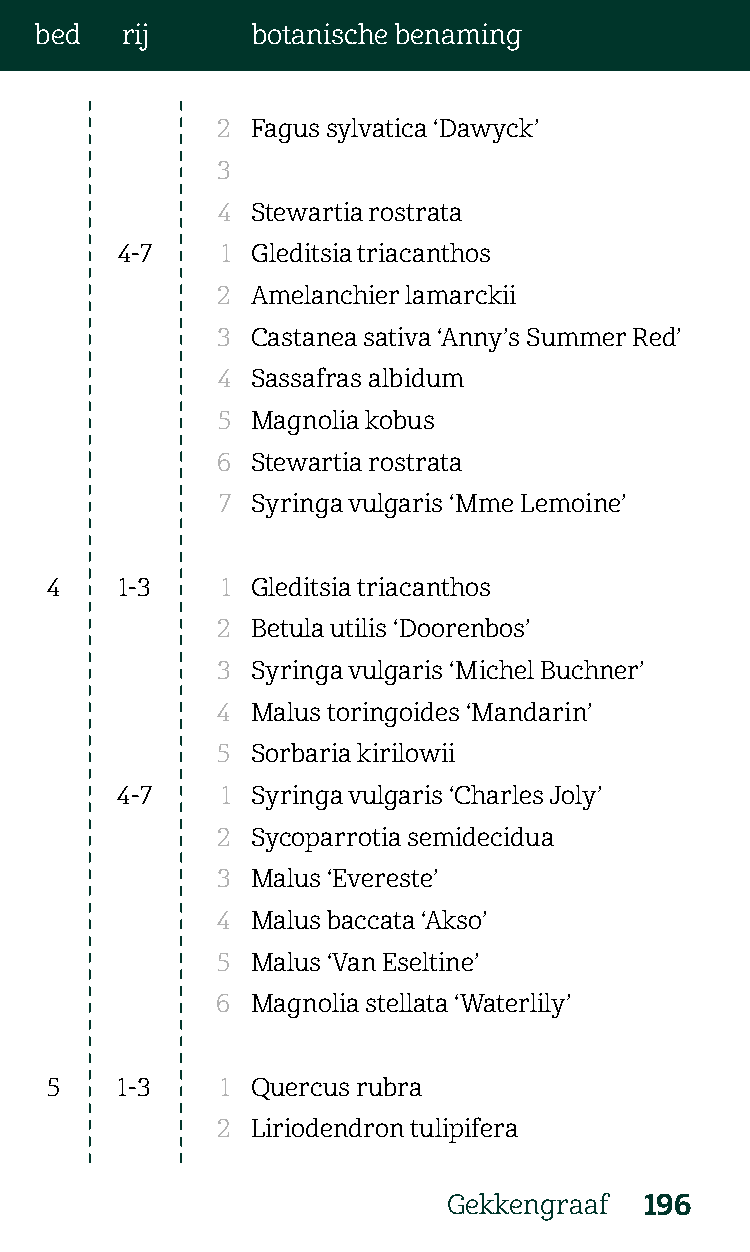
bed   rij      botanische benaming
 2  Fagus sylvatica ‘Dawyck’
 3
 4  Stewartia rostrata
 4-7    1 Gleditsia triacanthos
 2  Amelanchier lamarckii
 3  Castanea sativa ‘Anny’s Summer Red’
 4  Sassafras albidum
 5  Magnolia kobus
 6  Stewartia rostrata
 7  Syringa vulgaris ‘Mme Lemoine’
 4    1-3    1 Gleditsia triacanthos
 2  Betula utilis ‘Doorenbos’
 3  Syringa vulgaris ‘Michel Buchner’
 4  Malus toringoides ‘Mandarin’
 5  Sorbaria kirilowii
 4-7    1 Syringa vulgaris ‘Charles Joly’
 2  Sycoparrotia semidecidua
 3  Malus ‘Evereste’
 4  Malus baccata ‘Akso’
 5  Malus ‘Van Eseltine’
 6  Magnolia stellata ‘Waterlily’
 5    1-3    1 Quercus rubra
 2  Liriodendron tulipifera
 Gekkengraaf  196